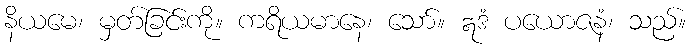
နိယမေ၊ မှတ်ခြင်းကို။ ကရိယမာနေ၊ သော်။ ဣဒံ ပယောဇနံ၊ သည်။